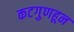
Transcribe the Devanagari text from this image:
कटगुणहून